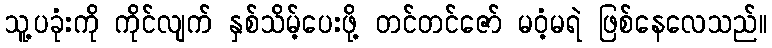
သူ့ပခုံးကို ကိုင်လျက် နှစ်သိမ့်ပေးဖို့ တင်တင်ဇော် မဝံ့မရဲ ဖြစ်နေလေသည်။